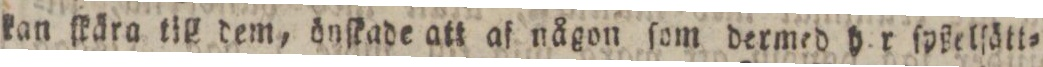
kan ſkära till dem, önſkade att af någon ſom dermed h. r ſpßelſätt=